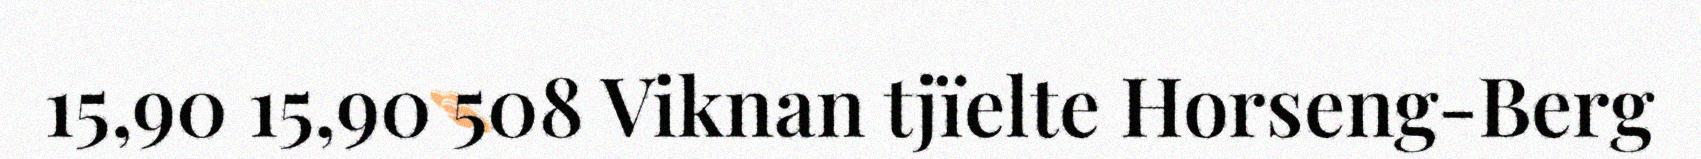
15,90 15,90 508 Viknan tjïelte Horseng-Berg